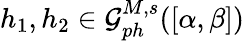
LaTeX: h_{1},h_{2}\in\mathcal{G}_{ph}^{M,s}([\alpha,\beta])